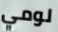
لومي